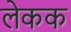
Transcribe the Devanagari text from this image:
लेकक